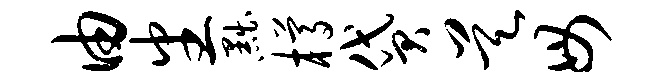
由番黜樽贷昊毋